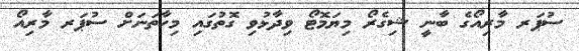
ސުޕަރ މާރިއޯގެ ބާނީ ޝިގެރޯ މިޔަމޮޓޯ ވިދާޅުވި ގޮތުގައި މިހާތަނަށް ސުޕަރ މާރިއޯ